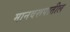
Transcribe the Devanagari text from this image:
मानवरूपातील